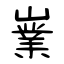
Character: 嶪